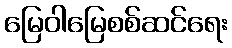
မြေဝါမြေစစ်ဆင်ရေး